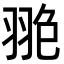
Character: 𦐙